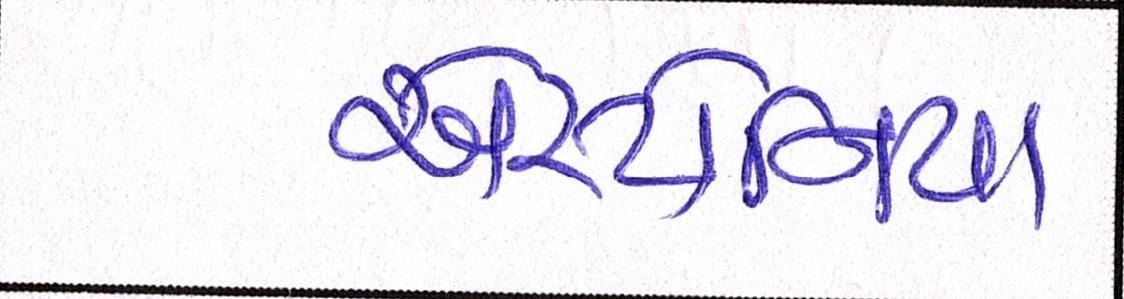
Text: એસ્ટોનિયા